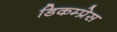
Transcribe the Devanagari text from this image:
डिकम्प्रेस